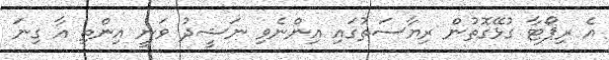
އެ ރިޕޯޓާ ގުޅޭގޮތުން ރިޔާސަތުގައި އިންނެވި ނަޝީދު ވަނީ އިންތި އާ ގިނަ